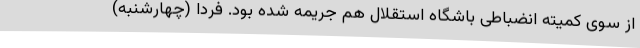
از سوی کمیته انضباطی باشگاه استقلال هم جریمه شده بود. فردا (چهارشنبه)